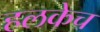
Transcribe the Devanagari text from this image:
हलकेच